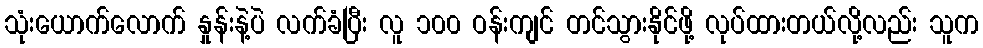
သုံးယောက်လောက် နှုန်းနဲ့ပဲ လက်ခံပြီး လူ ၁၀၀ ဝန်းကျင် တင်သွားနိုင်ဖို့ လုပ်ထားတယ်လို့လည်း သူက